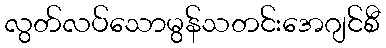
လွတ်လပ်သောမွန်သတင်းအေဂျင်စီ